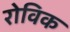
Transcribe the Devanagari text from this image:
रोविक